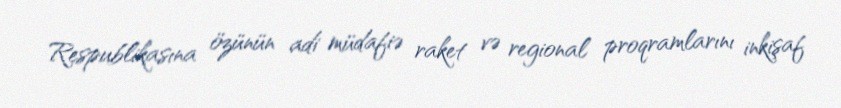
Respublikasına özünün adi müdafiə raket və regional proqramlarını inkişaf